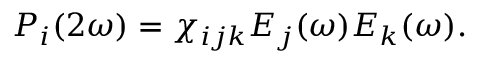
P _ { i } ( 2 \omega ) = \chi _ { i j k } E _ { j } ( \omega ) E _ { k } ( \omega ) .